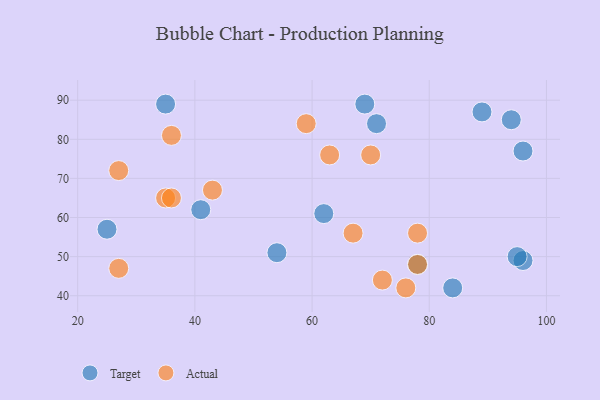
{"axis": {"x": "GDP", "y": "Life Expectancy"}, "legend": ["Actual", "Target"], "data": [{"x": "96", "y": 49, "type": "Target"}, {"x": "41", "y": 62, "type": "Target"}, {"x": "69", "y": 89, "type": "Target"}, {"x": "96", "y": 77, "type": "Target"}, {"x": "71", "y": 84, "type": "Target"}, {"x": "84", "y": 42, "type": "Target"}, {"x": "94", "y": 85, "type": "Target"}, {"x": "62", "y": 61, "type": "Target"}, {"x": "25", "y": 57, "type": "Target"}, {"x": "95", "y": 50, "type": "Target"}, {"x": "78", "y": 48, "type": "Target"}, {"x": "35", "y": 89, "type": "Target"}, {"x": "54", "y": 51, "type": "Target"}, {"x": "89", "y": 87, "type": "Target"}, {"x": "59", "y": 84, "type": "Actual"}, {"x": "78", "y": 48, "type": "Actual"}, {"x": "78", "y": 56, "type": "Actual"}, {"x": "76", "y": 42, "type": "Actual"}, {"x": "27", "y": 47, "type": "Actual"}, {"x": "43", "y": 67, "type": "Actual"}, {"x": "27", "y": 72, "type": "Actual"}, {"x": "63", "y": 76, "type": "Actual"}, {"x": "70", "y": 76, "type": "Actual"}, {"x": "35", "y": 65, "type": "Actual"}, {"x": "36", "y": 81, "type": "Actual"}, {"x": "36", "y": 65, "type": "Actual"}, {"x": "67", "y": 56, "type": "Actual"}, {"x": "72", "y": 44, "type": "Actual"}]}